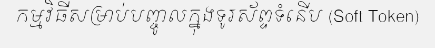
កម្មវិធីសម្រាប់បញ្ចូលក្នុងទូរស័ព្ទទំនើប (Soft Token)